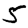
Digit: 5